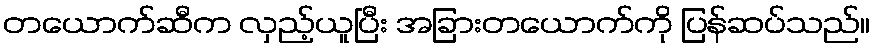
တယောက်ဆီက လှည့်ယူပြီး အခြားတယောက်ကို ပြန်ဆပ်သည်။